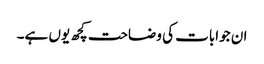
ان جوابات کی وضاحت کچھ یوں ہے۔